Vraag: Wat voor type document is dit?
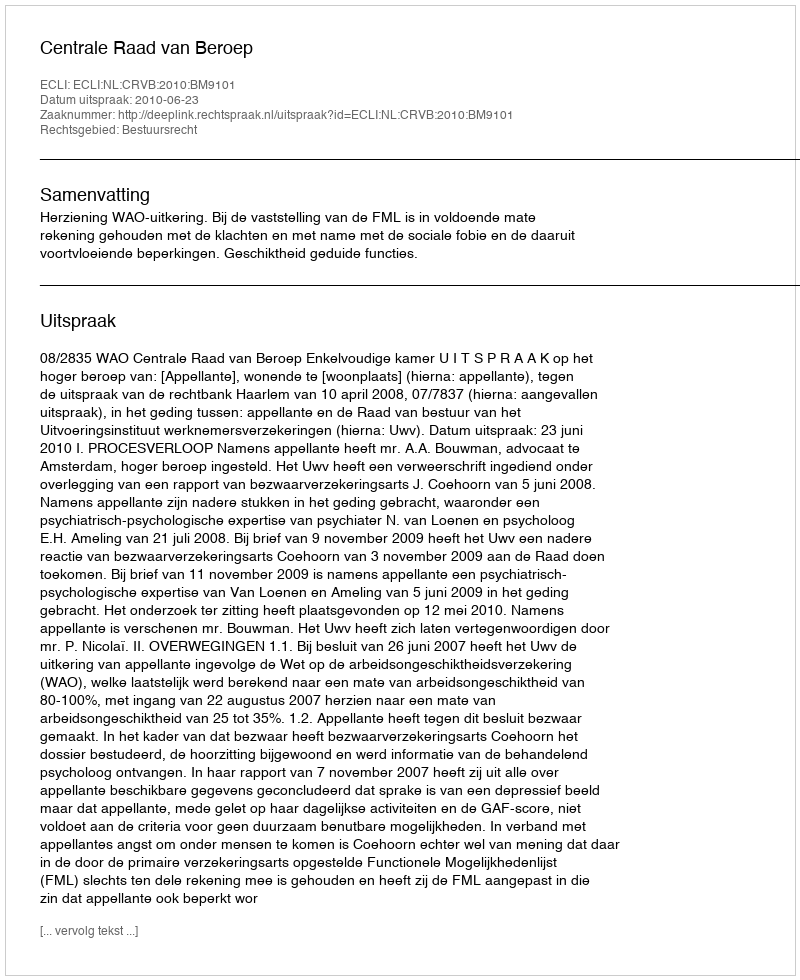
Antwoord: Uitspraak